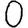
Digit: 0